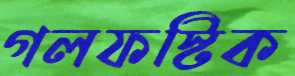
গলফস্টিক